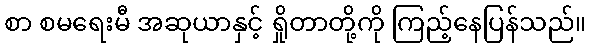
စာ စမရေးမီ အဆုယာနှင့် ရှိုတာတို့ကို ကြည့်နေပြန်သည်။